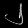
Digit: ၂